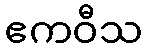
ဧကဝီသ